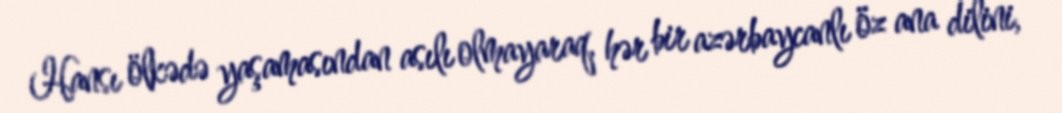
Hansı ölkədə yaşamasından asılı olmayaraq, hər bir azərbaycanlı öz ana dilini,